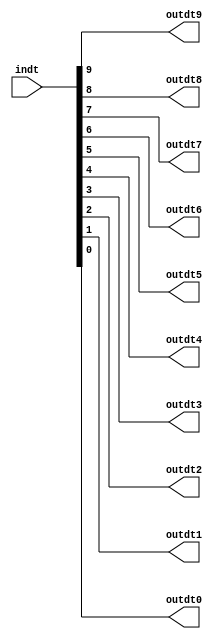
module format_out_0(indt,outdt9,outdt8,outdt7,outdt6,outdt5,outdt4,outdt3,outdt2,outdt1,outdt0);
	input [31:0] indt;
	output outdt9,outdt8,outdt7,outdt6,outdt5,outdt4,outdt3,outdt2,outdt1,outdt0;
	
	assign outdt9=indt[9];
	assign outdt8=indt[8];
	assign outdt7=indt[7];
	assign outdt6=indt[6];
	assign outdt5=indt[5];
	assign outdt4=indt[4];
	assign outdt3=indt[3];
	assign outdt2=indt[2];
	assign outdt1=indt[1];
	assign outdt0=indt[0];
	
endmodule